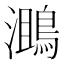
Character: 𪂔